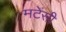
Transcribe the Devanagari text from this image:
मटेंसी